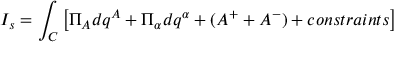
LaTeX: I _ { s } = \int _ { C } \left[ \Pi _ { A } d q ^ { A } + \Pi _ { \alpha } d q ^ { \alpha } + ( A ^ { + } + A ^ { - } ) + c o n s t r a i n t s \right]